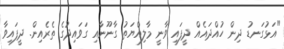
"އަޅުގަނޑު ދިން ހުއްދައެއް ދީފައި ވާނީ މާލިއްޔަތު ގާނޫނާއި ގަވައިދުގެ ތެރެއިން. ދީފައިވާ